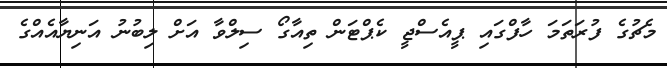
މެޗުގެ ފުރަތަމަ ހާފްގައި ޕީއެސްޖީ ކެޕްޓަން ތިއާގޯ ސިލްވާ އަށް ލިބުނު އަނިޔާއެއްގެ